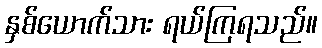
နှစ်ယောက်သား ရယ်ကြရသည်။